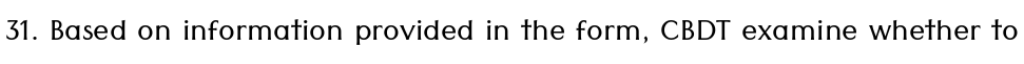
31. Based on information provided in the form, CBDT examine whether to